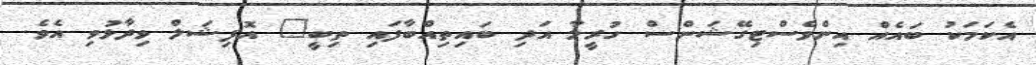
އެކަމަކު ބައެއް އިންވެސްޓިގޭޝަންސް ހުރީމާ އަދި ބައިތިއްބާފައި ތިބީ" އޮފިޝަލް ވިދާޅުވި އެވެ.